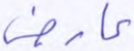
عارض